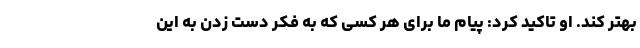
بهتر کند. او تاکید کرد: پیام ما برای هر کسی که به فکر دست زدن به این